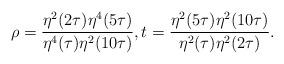
LaTeX: \begin{align*}\rho=\frac{\eta^2(2\tau)\eta^4(5\tau)}{\eta^4(\tau)\eta^2(10\tau)}, t=\frac{\eta^2(5\tau)\eta^2(10\tau)}{\eta^2(\tau)\eta^2(2\tau)}.\end{align*}